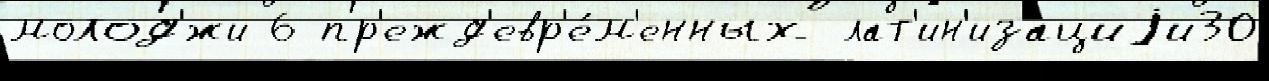
молод'́жи 6 пр'ежд'евр'е́м'енных лат'ин'изациjи30